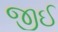
જીઈ